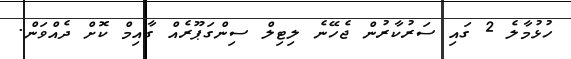
ހުޅުމާލެ 2 ގައި ސަރުކާރުން ޖެހޭނެ ލިޓިލް ސިންގަޕޫރެއް ގާއިމް ކޮށް ދެއްވަން.